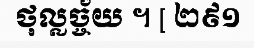
ថុល្លច្ច័យ ។ [ ២៩១